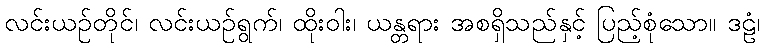
လင်းယဉ်တိုင်၊ လင်းယဉ်ရွက်၊ ထိုးဝါး၊ ယန္တရား အစရှိသည်နှင့် ပြည့်စုံသော။ ဒဠံ၊